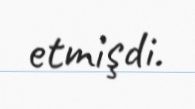
etmişdi.